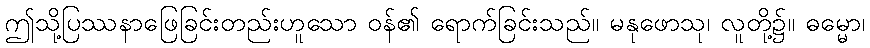
ဤသို့ပြဿနာဖြေခြင်းတည်းဟူသော ဝန်၏ ရောက်ခြင်းသည်။ မနုဖောသု၊ လူတို့၌။ ဓမ္မော၊